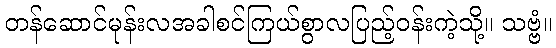
တန်ဆောင်မုန်းလအခါစင်ကြယ်စွာလပြည့်ဝန်းကဲ့သို့။ သဗ္ဗံ။